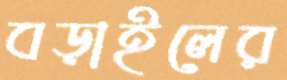
বড়াইলের